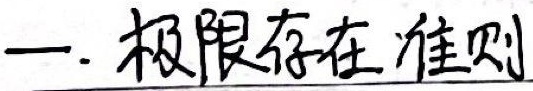
一. 极限存在准则